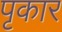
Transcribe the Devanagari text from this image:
पृकार